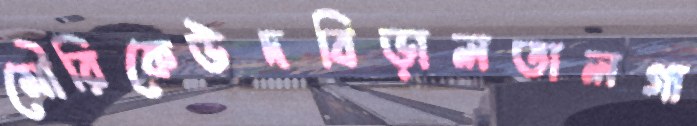
মৌরিকেউদবিড়ালতালগা